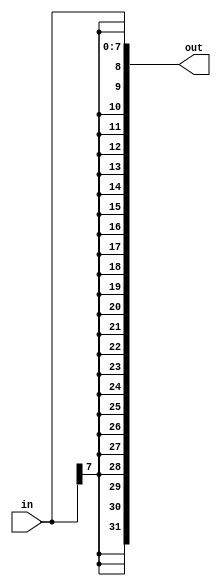
module top_module(
  input [7:0] in,
  output [31:0] out
);
  assign out = { {25{in[7]}}, in[6:0] };
endmodule